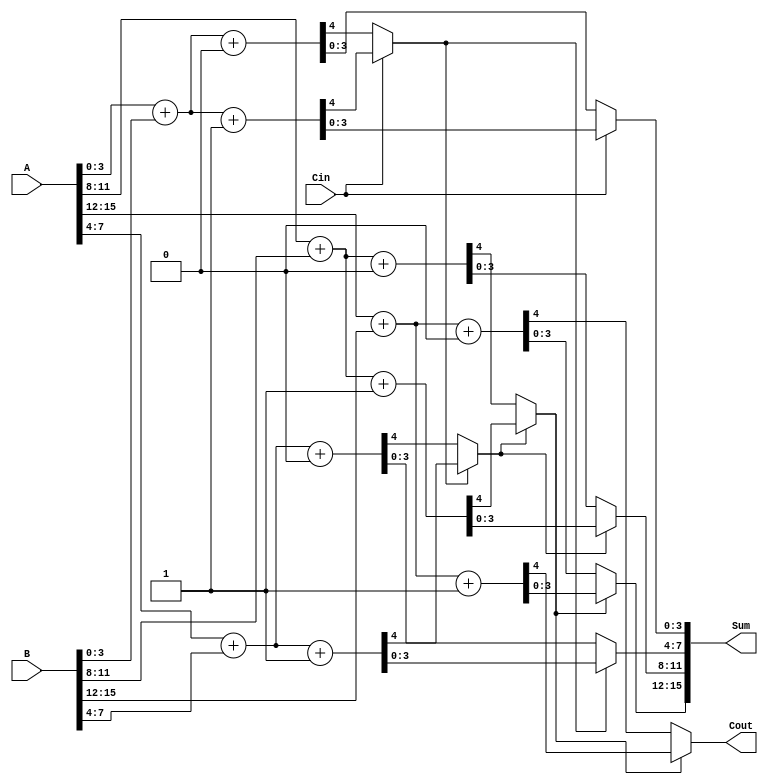
module carry_select_adder #(parameter N = 16) (
    input [N-1:0] A,       // First n-bit input
    input [N-1:0] B,       // Second n-bit input
    input Cin,             // Carry-in for the least significant bit
    output [N-1:0] Sum,    // n-bit sum output
    output Cout            // Carry-out
);

    localparam BLOCK_SIZE = 4; // Size of each block
    localparam NUM_BLOCKS = N / BLOCK_SIZE; // Number of blocks

    wire [BLOCK_SIZE-1:0] S0 [NUM_BLOCKS-1:0]; // Sum when carry-in = 0
    wire [BLOCK_SIZE-1:0] S1 [NUM_BLOCKS-1:0]; // Sum when carry-in = 1
    wire Cout0 [NUM_BLOCKS-1:0]; // Carry-out when carry-in = 0
    wire Cout1 [NUM_BLOCKS-1:0]; // Carry-out when carry-in = 1
    wire [NUM_BLOCKS:0] carry; // Carry signals between blocks

    // Generate carry signals
    assign carry[0] = Cin; // Initial carry-in for the first block

    genvar i;
    generate
        for (i = 0; i < NUM_BLOCKS; i = i + 1) begin : block
            // Calculate sums and carry-outs for each block
            wire [BLOCK_SIZE-1:0] A_block = A[i*BLOCK_SIZE +: BLOCK_SIZE];
            wire [BLOCK_SIZE-1:0] B_block = B[i*BLOCK_SIZE +: BLOCK_SIZE];

            // Compute sums and carry-outs for carry-in = 0
            assign {Cout0[i], S0[i]} = A_block + B_block + 1'b0;

            // Compute sums and carry-outs for carry-in = 1
            assign {Cout1[i], S1[i]} = A_block + B_block + 1'b1;

            // Select the carry for the next block
            assign carry[i+1] = carry[i] ? Cout1[i] : Cout0[i];
        end
    endgenerate

    // MUX to select the final sum based on carry
    generate
        for (i = 0; i < NUM_BLOCKS; i = i + 1) begin : mux
            assign Sum[i*BLOCK_SIZE +: BLOCK_SIZE] = carry[i] ? S1[i] : S0[i];
        end
    endgenerate

    // Final carry-out
    assign Cout = carry[NUM_BLOCKS];

endmodule